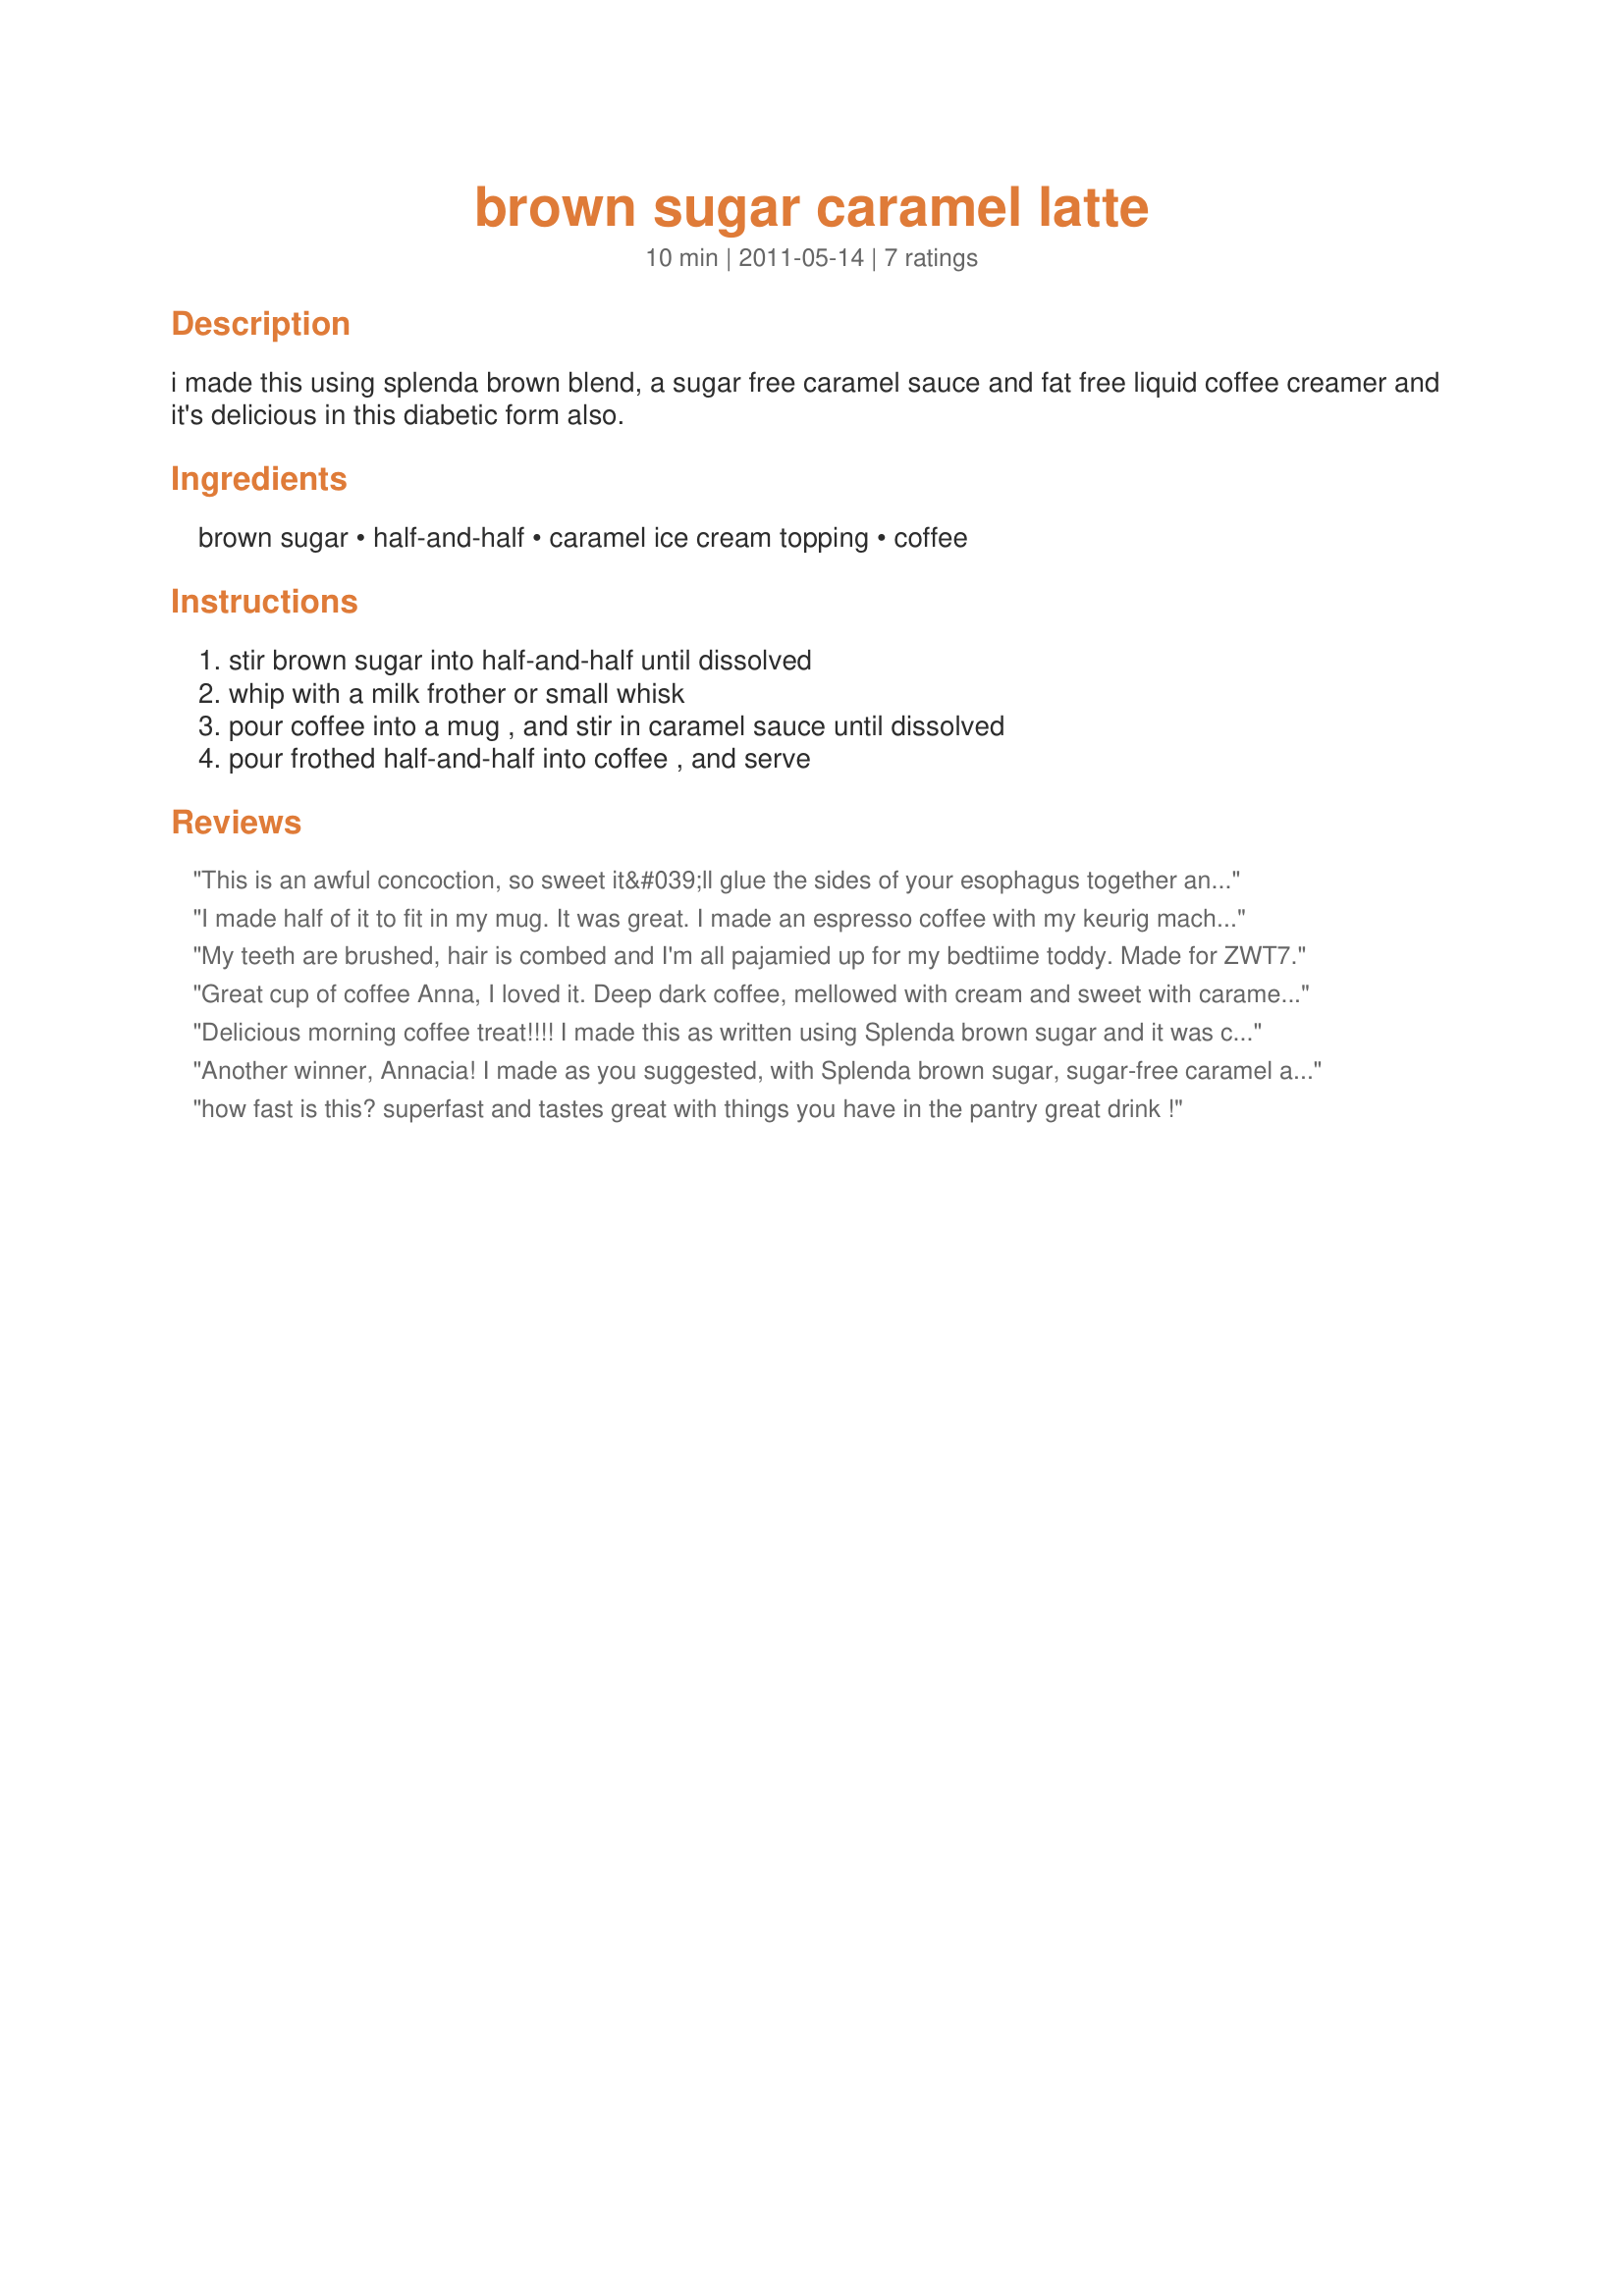
brown sugar caramel latte
Preparation time: 10 minutes

i made this using splenda brown blend, a sugar free caramel sauce and fat free liquid coffee creamer and it's delicious in this diabetic form also.

Ingredients:
brown sugar, half-and-half, caramel ice cream topping, coffee

Steps:
stir brown sugar into half-and-half until dissolved, whip with a milk frother or small whisk, pour coffee into a mug , and stir in caramel sauce until dissolved, pour frothed half-and-half into coffee , and serve

Reviews:
This is an awful concoction, so sweet it&#039;ll glue the sides of your esophagus together and so devoid of coffee flavor you&#039;d think it was tea.
I made half of it to fit in my mug. It was great. I made an espresso coffee with my keurig machine. Thanks Annacia. Made for PAC Spring 2012
My teeth are brushed, hair is combed and I'm all pajamied up for my bedtiime toddy. Made for ZWT7.
Great cup of coffee Anna, I loved it. Deep dark coffee, mellowed with cream and sweet with caramel and brown sugar, someone heard my plea. Thank you so much for sharing this tasty treat. Another winner from the reigning Coffee Queen. Made for ZWT7
Delicious morning coffee treat!!!! I made this as written using Splenda brown sugar and it was creamy and sweet coffee. Thanks for sharing the recipe Annacia!! Made for ZWT 7.
Another winner, Annacia! I made as you suggested, with Splenda brown sugar, sugar-free caramel and fat-free half and half. Great cup of indulgence! I usually drink my morning coffee with just milk and no sweetener, but for my "special" cup of coffee I like it sweeter and this hit the spot! Made for ZWT 7.
how fast is this? superfast and tastes great with things you have in the pantry great drink !
